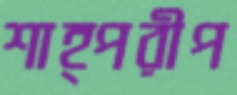
শাহ্পরীপ